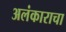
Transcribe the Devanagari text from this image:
अलंकाराचा